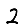
Digit: 2